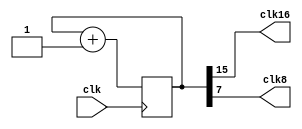

module clock_divider(clk16, clk8, clk);
	
	input clk;
	output clk8;
	output clk16;
	
	reg [24:0] num;
	wire [24:0] next_num;
	
	always@(posedge clk)
		num <= next_num;
	
	assign next_num = num + 25'b1;
	
	assign clk8 = num[7];
	assign clk16 = num[15];

endmodule

module clock_generator_LCD (clk, rst, clk_LCD);
	
	input      clk;
	input      rst;
	output     clk_LCD;
	
	reg        clk_LCD;
	reg        clk_LCD_next;
	reg [24:0] clk_cnt;
	reg [24:0] clk_cnt_next;
 
	always @(posedge clk or negedge rst) begin
		if (rst == 1'b0) begin
			clk_LCD = 1'b0;
			clk_cnt = 25'd0;
		end 
		else begin
			clk_LCD = clk_LCD_next;
			clk_cnt = clk_cnt_next;
		end
	end

	always @(*) begin
		if (clk_cnt == 25'd4999999) begin
			clk_LCD_next = ~clk_LCD;
			clk_cnt_next = 25'd0;
		end
		else begin
			clk_LCD_next = clk_LCD;
			clk_cnt_next = clk_cnt + 1'b1;
		end
	end
	
endmodule